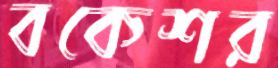
বকেশর